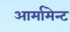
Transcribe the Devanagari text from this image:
आर्मामेन्ट